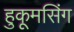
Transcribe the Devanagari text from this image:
हुकूमसिंग